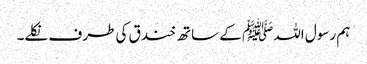
ہم رسول اللہﷺ کے ساتھ خندق کی طرف نکلے۔